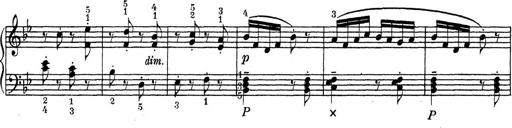
Title: ÄŒeskÃ© Sonatiny
Composer: Various